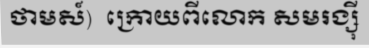
ថាមស៍)  ក្រោយពីលោក សមរង្ស៊ី